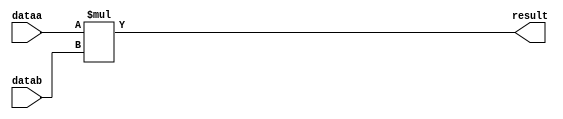
//lpm_mult CBX_DECLARE_ALL_CONNECTED_PORTS="OFF" DEVICE_FAMILY="Cyclone V" DSP_BLOCK_BALANCING="Auto" INPUT_B_IS_CONSTANT="YES" LPM_REPRESENTATION="SIGNED" LPM_WIDTHA=18 LPM_WIDTHB=18 LPM_WIDTHP=36 LPM_WIDTHS=1 MAXIMIZE_SPEED=5 dataa datab result CARRY_CHAIN="MANUAL" CARRY_CHAIN_LENGTH=48
//VERSION_BEGIN 18.0 cbx_cycloneii 2018:04:24:18:04:18:SJ cbx_lpm_add_sub 2018:04:24:18:04:18:SJ cbx_lpm_mult 2018:04:24:18:04:18:SJ cbx_mgl 2018:04:24:18:08:49:SJ cbx_nadder 2018:04:24:18:04:18:SJ cbx_padd 2018:04:24:18:04:18:SJ cbx_stratix 2018:04:24:18:04:18:SJ cbx_stratixii 2018:04:24:18:04:18:SJ cbx_util_mgl 2018:04:24:18:04:18:SJ  VERSION_END
// synthesis VERILOG_INPUT_VERSION VERILOG_2001
// altera message_off 10463



// Copyright (C) 2018  Intel Corporation. All rights reserved.
//  Your use of Intel Corporation's design tools, logic functions 
//  and other software and tools, and its AMPP partner logic 
//  functions, and any output files from any of the foregoing 
//  (including device programming or simulation files), and any 
//  associated documentation or information are expressly subject 
//  to the terms and conditions of the Intel Program License 
//  Subscription Agreement, the Intel Quartus Prime License Agreement,
//  the Intel FPGA IP License Agreement, or other applicable license
//  agreement, including, without limitation, that your use is for
//  the sole purpose of programming logic devices manufactured by
//  Intel and sold by Intel or its authorized distributors.  Please
//  refer to the applicable agreement for further details.



//synthesis_resources = 
//synopsys translate_off
`timescale 1 ps / 1 ps
//synopsys translate_on
module  mult_vmq
	( 
	dataa,
	datab,
	result) /* synthesis synthesis_clearbox=1 */;
	input   [17:0]  dataa;
	input   [17:0]  datab;
	output   [35:0]  result;

	wire signed	[17:0]    dataa_wire;
	wire signed	[17:0]    datab_wire;
	wire signed	[35:0]    result_wire;



	assign dataa_wire = dataa;
	assign datab_wire = datab;
	assign result_wire = dataa_wire * datab_wire;
	assign result = ({result_wire[35:0]});

endmodule //mult_vmq
//VALID FILE